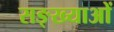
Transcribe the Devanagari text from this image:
सङ्ख्याअाें